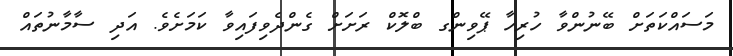
މަސައްކަތަށް ބޭނުންވާ ހުރިހާ ޕޭވިންގ ބްލޮކް ރަށަށް ގެންދެވިފައިވާ ކަމަށެވެ. އަދި ސާމާނުތައް